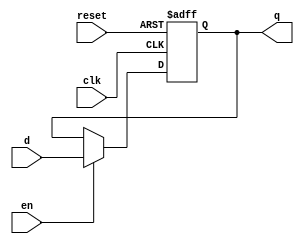
`timescale 1ns / 1ps
//////////////////////////////////////////////////////////////////////////////////
// Company: 
// Engineer: 
// 
// Design Name: 
// Module Name: DFF_three_segment
// Project Name: 
// Target Devices: 
// Tool Versions: 
// Description: 
// 
// Dependencies: 
// 
// Revision:
// Revision 0.01 - File Created
// Additional Comments:
// 
//////////////////////////////////////////////////////////////////////////////////


module DFF_three_segment(clk, reset, en, d, q);
input clk, reset, en, d;
output reg q;

// internal registers 
reg r_reg, r_next;

// memory block, current_state logic
always@(posedge clk, posedge reset)
begin
    if (reset)
        r_reg <= 0;  // non-blocking assignment 
    else 
        r_reg <= r_next;
end 

// Input block , next_state logic
always@(*)
begin
    if (en)
        r_next = d; // blocking assignment 
    else 
        r_next = r_reg;
end 

// Output block  or logic 
always@(*)
begin
    q = r_reg;
end 

endmodule